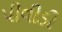
પીવીડી